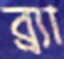
ব্র্যা